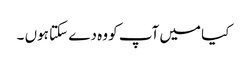
کیا میں آپ کو وہ دے سکتا ہوں ۔